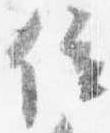
位